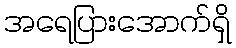
အရေပြားအောက်ရှိ